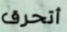
أتحرق